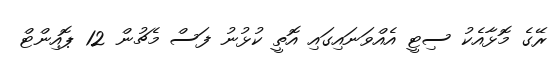
ރޭގެ މޮޅާއެކު ސިޓީ އެއްވަނައިގައި އޮތީ ކުޅުނު ފަސް މެޗުން 12 ޕޮއިންޓް